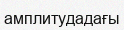
амплитудадағы